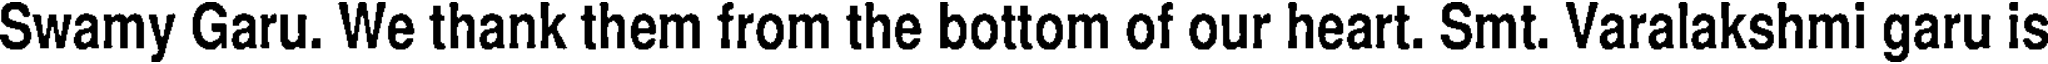
Swamy Garu. We thank them from the bottom of our heart. Smt. Varalakshmi garu is